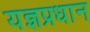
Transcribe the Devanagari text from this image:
यज्ञप्रधान